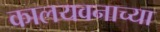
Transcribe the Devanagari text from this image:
कालयवनाच्या